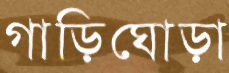
গাড়িঘোড়া